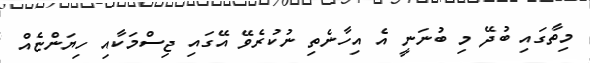
މިތާގައި ބުދޭ މި ބުނަނީ އެ އިހާނެތި ނުކުރެވޭ އޭގައި ޖިސްމަކާއި ހިޔަންޏެއް